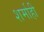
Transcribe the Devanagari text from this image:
शर्माही